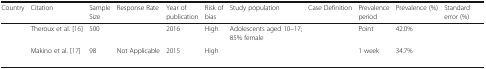
<table><thead><tr><td><b>Country</b></td><td><b>Citation</b></td><td><b>Sample Size</b></td><td><b>Response Rate</b></td><td><b>Year of publication</b></td><td><b>Risk of bias</b></td><td><b>Study population</b></td><td><b>Case Definition</b></td><td><b>Prevalence period</b></td><td><b>Prevalence (%)</b></td><td><b>Standard error (%)</b></td></tr></thead><tbody><tr><td>[EMPTY_CELL]</td><td>Theroux et al. [16]</td><td>500</td><td>[EMPTY_CELL]</td><td>2016</td><td>High</td><td>Adolescents aged 10–17; 85% female</td><td>[EMPTY_CELL]</td><td>Point</td><td>42.0%</td><td>[EMPTY_CELL]</td></tr><tr><td>[EMPTY_CELL]</td><td>Makino et al. [17]</td><td>98</td><td>Not Applicable</td><td>2015</td><td>High</td><td>[EMPTY_CELL]</td><td>[EMPTY_CELL]</td><td>1 week</td><td>34.7%</td><td>[EMPTY_CELL]</td></tr></tbody></table>